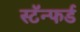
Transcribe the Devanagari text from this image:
स्टॅन्फर्ड